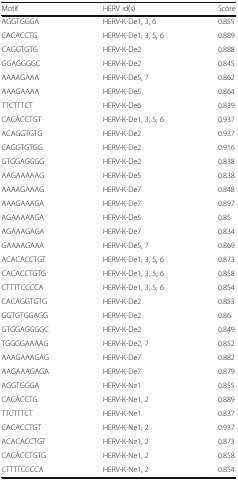
<table><thead><tr><td><b>Motif</b></td><td><b>HERV id(s)</b></td><td><b>Score</b></td></tr></thead><tbody><tr><td>AGGTGGGA</td><td>HERV-K-De1, 3, 6</td><td>0.855</td></tr><tr><td>CACACCTG</td><td>HERV-K-De1, 3, 5, 6</td><td>0.889</td></tr><tr><td>CAGGTGTG</td><td>HERV-K-De2</td><td>0.888</td></tr><tr><td>GGAGGGGC</td><td>HERV-K-De2</td><td>0.845</td></tr><tr><td>AAAAGAAA</td><td>HERV-K-De5, 7</td><td>0.862</td></tr><tr><td>AAAGAAAA</td><td>HERV-K-De5</td><td>0.864</td></tr><tr><td>TTCTTTCT</td><td>HERV-K-De6</td><td>0.839</td></tr><tr><td>CACACCTGT</td><td>HERV-K-De1, 3, 5, 6</td><td>0.937</td></tr><tr><td>ACAGGTGTG</td><td>HERV-K-De2</td><td>0.937</td></tr><tr><td>CAGGTGTGG</td><td>HERV-K-De2</td><td>0.916</td></tr><tr><td>GTGGAGGGG</td><td>HERV-K-De2</td><td>0.838</td></tr><tr><td>AAGAAAAAG</td><td>HERV-K-De5</td><td>0.838</td></tr><tr><td>AAAAGAAAG</td><td>HERV-K-De7</td><td>0.848</td></tr><tr><td>AAAGAAAGA</td><td>HERV-K-De7</td><td>0.897</td></tr><tr><td>AGAAAAAGA</td><td>HERV-K-De5</td><td>0.85</td></tr><tr><td>AGAAAGAGA</td><td>HERV-K-De7</td><td>0.834</td></tr><tr><td>GAAAAGAAA</td><td>HERV-K-De5, 7</td><td>0.869</td></tr><tr><td>ACACACCTGT</td><td>HERV-K-De1, 3, 5, 6</td><td>0.873</td></tr><tr><td>CACACCTGTG</td><td>HERV-K-De1, 3, 5, 6</td><td>0.858</td></tr><tr><td>CTTTTCCCCA</td><td>HERV-K-De1, 3, 5, 6</td><td>0.854</td></tr><tr><td>CACAGGTGTG</td><td>HERV-K-De2</td><td>0.853</td></tr><tr><td>GGTGTGGAGG</td><td>HERV-K-De2</td><td>0.86</td></tr><tr><td>GTGGAGGGGC</td><td>HERV-K-De2</td><td>0.849</td></tr><tr><td>TGGGGAAAAG</td><td>HERV-K-De2, 7</td><td>0.852</td></tr><tr><td>AAAGAAAGAG</td><td>HERV-K-De7</td><td>0.882</td></tr><tr><td>AAGAAAGAGA</td><td>HERV-K-De7</td><td>0.879</td></tr><tr><td>AGGTGGGA</td><td>HERV-K-Ne1</td><td>0.855</td></tr><tr><td>CACACCTG</td><td>HERV-K-Ne1, 2</td><td>0.889</td></tr><tr><td>TTCTTTCT</td><td>HERV-K-Ne1</td><td>0.837</td></tr><tr><td>CACACCTGT</td><td>HERV-K-Ne1, 2</td><td>0.937</td></tr><tr><td>ACACACCTGT</td><td>HERV-K-Ne1, 2</td><td>0.873</td></tr><tr><td>CACACCTGTG</td><td>HERV-K-Ne1, 2</td><td>0.858</td></tr><tr><td>CTTTTCCCCA</td><td>HERV-K-Ne1, 2</td><td>0.854</td></tr></tbody></table>